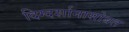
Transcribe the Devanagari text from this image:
दिग्दर्शानासोबत